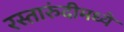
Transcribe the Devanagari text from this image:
रस्तारुंदीमध्ये